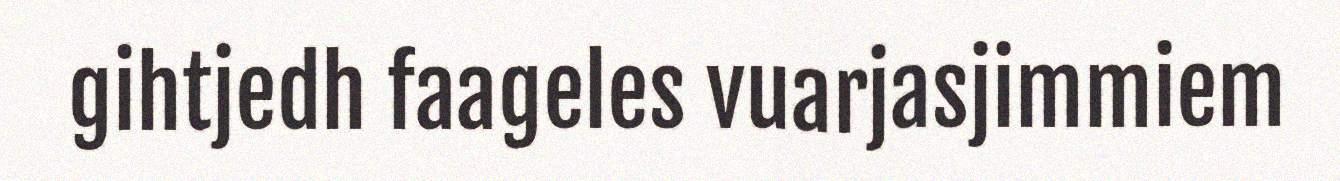
gihtjedh faageles vuarjasjimmiem